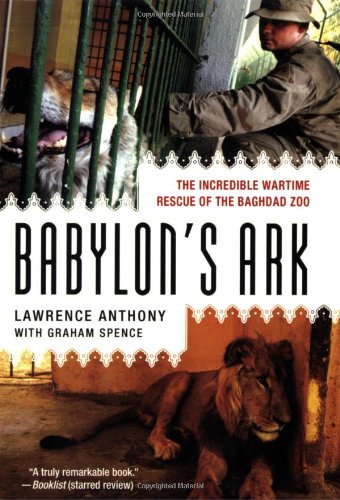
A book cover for Babylon's Ark: The Incredible Wartime Rescue of the Baghdad Zoo; Lawrence Anthony; Science & Math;